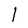
Character: 1